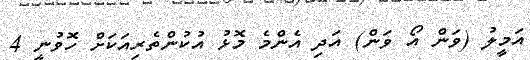
އަމީލު (ވަން އޯ ވަން) އަދި އެންމެ މޮޅު އުކުންތެރިއަކަށް ހޮވުނީ 4